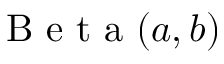
\mathrm { ~ B ~ e ~ t ~ a ~ } ( a , b )